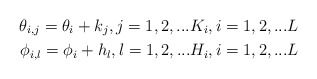
\begin{align*}\theta_{i,j} = \theta_i+k_j, j = 1,2,...K_i, i=1,2,...L\\\phi_{i,l} = \phi_i+h_l, l = 1,2,...H_i, i=1,2,...L\end{align*}